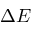
\Delta E